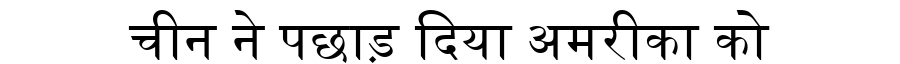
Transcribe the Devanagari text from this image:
चीन ने पछाड़ दिया अमरीका को